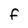
Character: F